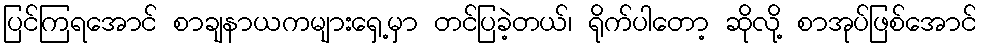
ပြင်ကြရအောင် စာချနာယကများရှေ့မှာ တင်ပြခဲ့တယ်၊ ရိုက်ပါတော့ ဆိုလို့ စာအုပ်ဖြစ်အောင်